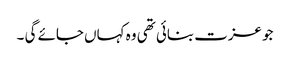
جو عزت بنائی تھی وہ کہاں جائے گی ۔